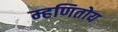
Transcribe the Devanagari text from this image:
म्हणितोय